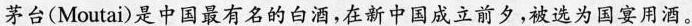
茅台(Moutai)是中国最有名的白酒，在新中国成立前夕，被选为国宴用酒。